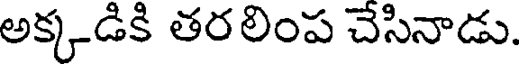
అక్కడికి తరలింప చేసినాడు.